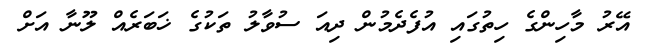
އޭރު މާހިންގެ ހިތުގައި އުފެދެމުން ދިއަ ސުވާލު ތަކުގެ ޚަބަރެއް ލޫނާ އަށް